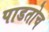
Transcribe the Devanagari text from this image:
पाडतोच